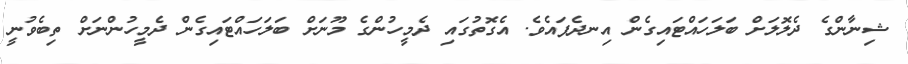
ޝިނާންގެ ދެލޮލަށް ބަލަހައްޓައިގެން އިނދެފައެވެ. އެގޮތުގައި ދެމީހުންގެ މޫނަށް ބަލަހައްޓައިގެން ދެމީހުންނަށް ތިބެވުނީ